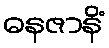
ဓနဇာနိံ